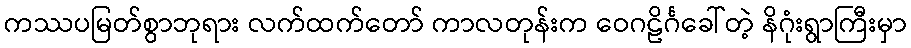
ကဿပမြတ်စွာဘုရား လက်ထက်တော် ကာလတုန်းက ဝေဂဠိင်္ဂခေါ်တဲ့ နိဂုံးရွာကြီးမှာ